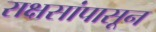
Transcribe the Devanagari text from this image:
राक्षसांपासून